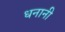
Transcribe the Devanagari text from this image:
धनानी